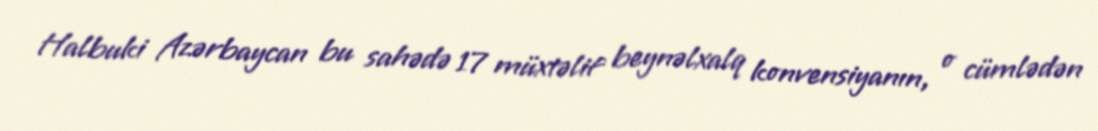
Halbuki Azərbaycan bu sahədə 17 müxtəlif beynəlxalq konvensiyanın, o cümlədən